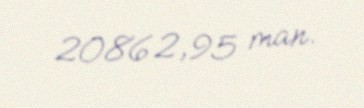
20862,95 man.